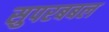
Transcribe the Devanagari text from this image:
सुपरबबल